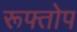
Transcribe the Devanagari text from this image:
रूफ्तोप